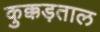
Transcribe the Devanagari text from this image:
कुक्कड़ताल